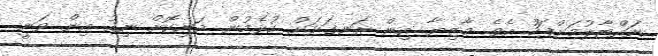
ނައްޓާލުމަށްފަހު އެވެ. މާޒިޔާ އިން ރަނގަޅަށް ކުޅެމުން ދަނިކޮށް ނިއު އިން ވަނީ